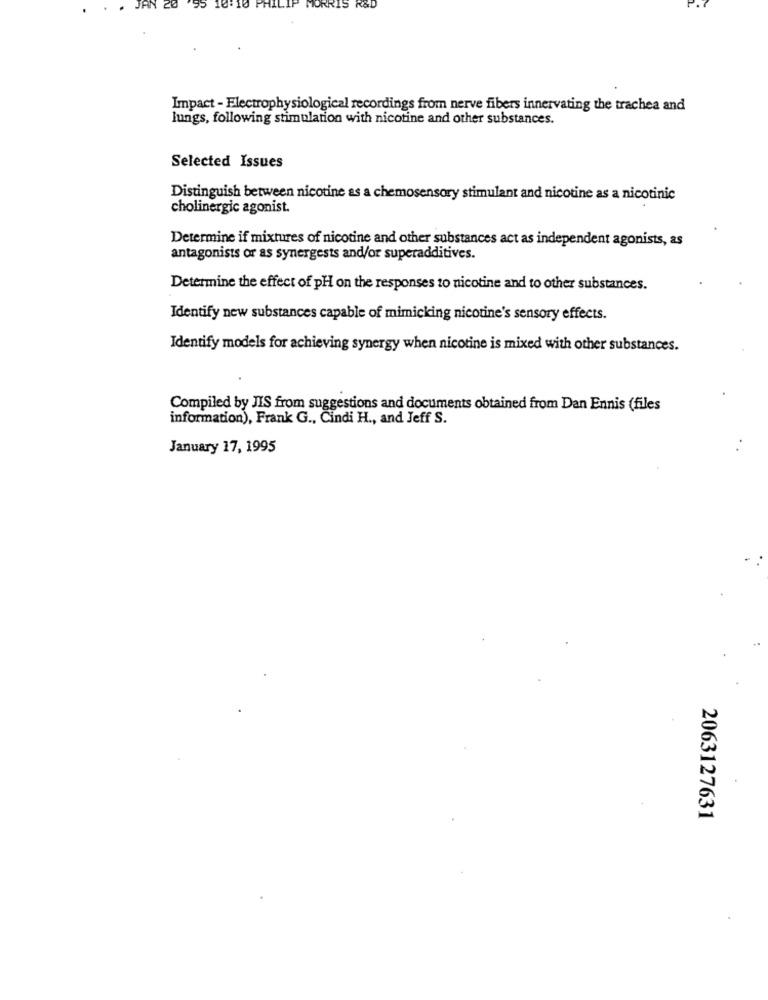
.
JAN CO
95
:10
MORRIS R&D
Impact - Electrophysiological recordings from nerve fibers innervating the trachea and
lungs, following stimulation with nicotine and other substances.
Selected Issues
Distinguish between nicotine as a chemosensory stimulant and nicotine as a nicotinic
cholinergic agonist.
Determine if mixtures of nicotine and other substances act as independent agonists, as
antagonists or as synergests and/or superadditives.
Determine the effect of pH on the responses to nicotine and to other substances.
Identify new substances capable of mimicking nicotine's sensory effects.
Identify models for achieving synergy when nicotine is mixed with other substances.
Compiled by JIS from suggestions and documents obtained from Dan Ennis (files
information), Frank G ., Cindi H ., and Jeff S.
January 17, 1995
2063127631